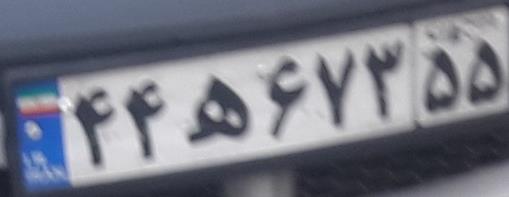
۴۴ه۶۷۳۵۵